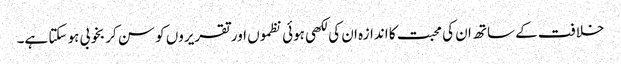
خلافت کے ساتھ ان کی محبت کا اندازہ ان کی لکھی ہوئی نظموں اور تقریروں کو سن کر بخوبی ہو سکتا ہے۔